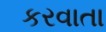
કરવાતા